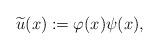
LaTeX: \begin{align*}\widetilde{u}(x):=\varphi(x)\psi(x),\end{align*}